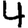
Digit: 4